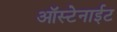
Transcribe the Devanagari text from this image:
ऑस्टेनाईट